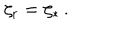
LaTeX: \zeta _ { \mathrm { r } } = \zeta _ { * } \, .